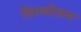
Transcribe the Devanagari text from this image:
सिम्बोलम